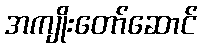
အကျိုးတော်ဆောင်